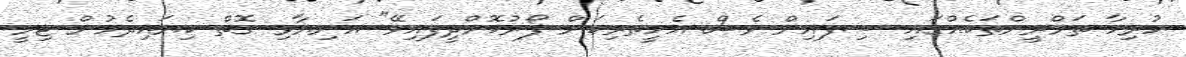
ހުރިހާ ތަމްރީންތަކެއްގައި ސިފައިން ވެސް އެހީތެރިކަން ފޯރުކޮށްދީފައިވޭ" އަނިޔާވި ގޮތް ކިޔައިދެމުން ޖިމީ